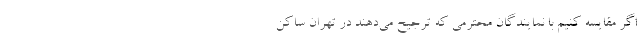
اگر مقایسه کنیم با نمایندگان محترمی که ترجیح می‌دهند در تهران ساکن